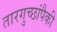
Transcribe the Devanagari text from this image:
तारगुच्छांपैकी